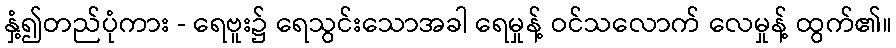
နှံ့၍တည်ပုံကား - ရေဗူး၌ ရေသွင်းသောအခါ ရေမှုန့် ဝင်သလောက် လေမှုန့် ထွက်၏။